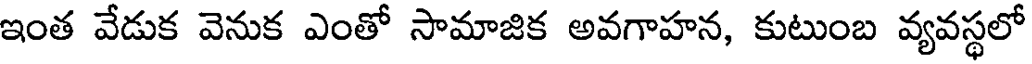
ఇంత వేడుక వెనుక ఎంతో సామాజిక అవగాహన, కుటుంబ వ్యవస్థలో